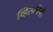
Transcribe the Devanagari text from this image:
व्हिस्कीची